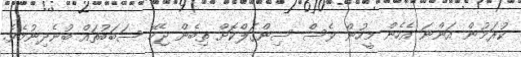
ކުރަމުން އަންނަ އެހެން މީހުން ވެސް ސިންގަލްކޮށް ތިބެން ޖެހޭ ސަބަބުތައް ބުނެދިނުމެވެ.